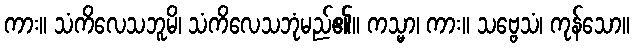
ကား။ သံကိလေသဘူမိ၊ သံကိလေသဘုံမည်၏။ ကသ္မာ၊ ကား။ သဗ္ဗေသံ၊ ကုန်သော။